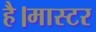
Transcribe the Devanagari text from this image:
है।मास्‍टर